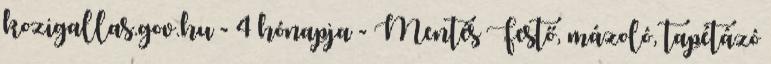
kozigallas.gov.hu - 4 hónapja - Mentés Festő, mázoló, tapétázó